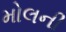
મોલની